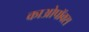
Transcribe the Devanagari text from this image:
काओपॉक्स